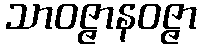
သာဝဇ္ဇာနဝဇ္ဇာ